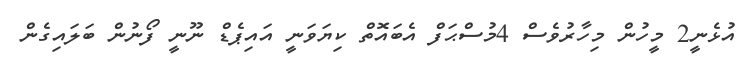
އުޅެނީ2 މީހުން މިހާރުވެސް 4މުސްޙަފް އެބައޮތް ކިޔަވަނީ އައިޕެޑް ނޫނީ ފޯނުން ބަލައިގެން